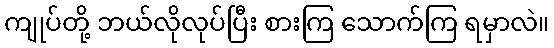
ကျုပ်တို့ ဘယ်လိုလုပ်ပြီး စားကြ သောက်ကြ ရမှာလဲ။